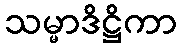
သမ္မာဒိဋ္ဌိကာ